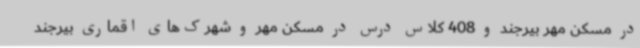
در مسکن مهر بیرجند و 408 کلاس درس در مسکن مهر و شهرک‌های اقماری بیرجند